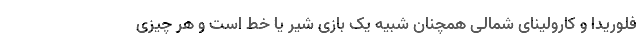
فلوریدا و کارولینای شمالی همچنان شبیه یک بازی شیر یا خط است و هر چیزی